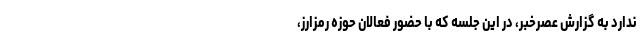
ندارد به گزارش عصرخبر، در اين جلسه كه با حضور فعالان حوزه رمزارز،